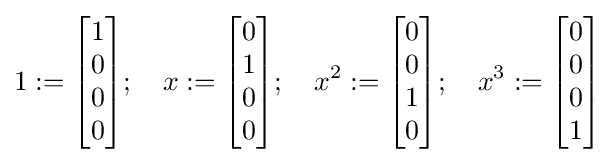
1:={\begin{bmatrix}1\\0\\0\\0\end{bmatrix}};\quad x:={\begin{bmatrix}0\\1\\0\\0\end{bmatrix}};\quad x^{2}:={\begin{bmatrix}0\\0\\1\\0\end{bmatrix}};\quad x^{3}:={\begin{bmatrix}0\\0\\0\\1\end{bmatrix}}